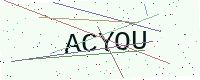
Text: ACYOU